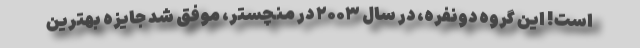
است! این گروه دونفره، در سال ۲۰۰۳ در منچستر، موفق شد جایزه بهترین